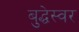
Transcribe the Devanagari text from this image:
बुद्धेस्वर